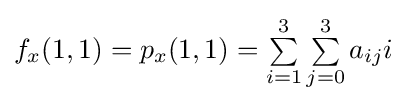
f_{x}(1,1)=p_{x}(1,1)=\textstyle \sum \limits _{i=1}^{3}\sum \limits _{j=0}^{3}a_{ij}i